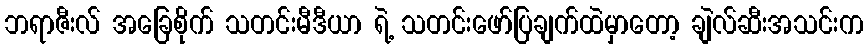
ဘရာဇီးလ် အခြေစိုက် သတင်းမီဒီယာ ရဲ့ သတင်းဖော်ပြချက်ထဲမှာတော့ ချဲလ်ဆီးအသင်းက